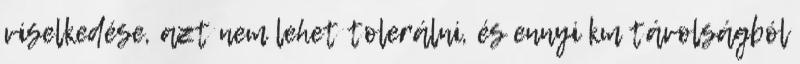
viselkedése, azt nem lehet tolerálni, és ennyi km távolságból